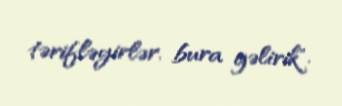
tərifləyirlər, bura gəlirik".